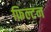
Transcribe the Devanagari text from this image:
फ़िल्टन